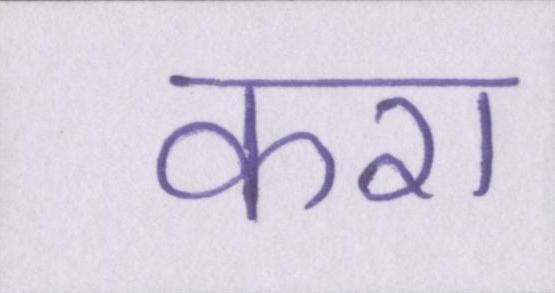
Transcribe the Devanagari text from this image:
करा